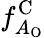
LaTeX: f_{A_{\mathrm{O}}}^{\mathrm{C}}